Vaccination in Bombay 1874-1876 - 1874-1876
Year: 1874
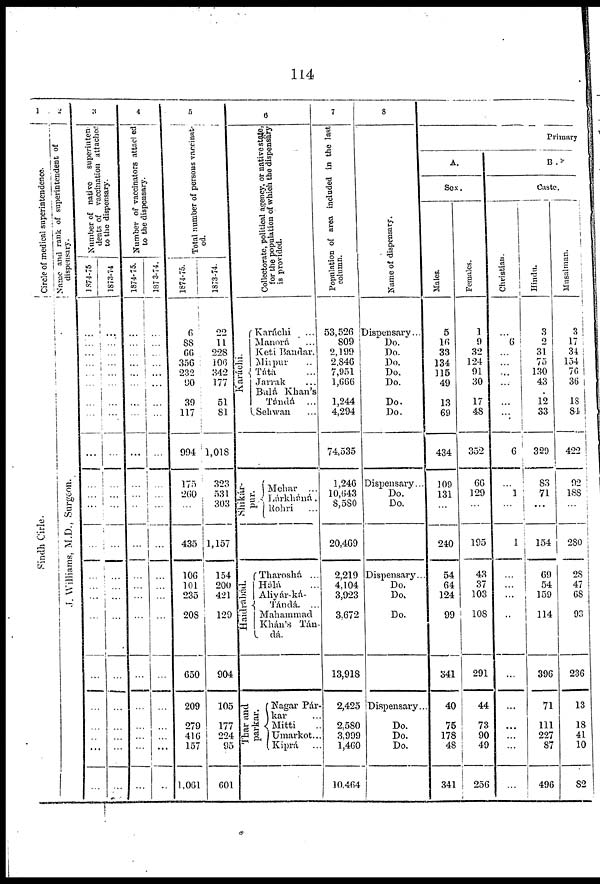
114
1
Circle of medical superintendence.
Sindh Cirle.
2
Name and rank of superintendent of
dispensary.
J. Williams, M.D., Surgeon.
3
Number of native superinten
dents of vaccination attached
to the dispensary.
1874-75
...
...
...
...
...
...
...
...
...
...
...
...
...
...
...
...
...
...
...
...
...
...
...
1873-74
...
...
...
...
...
...
...
...
...
...
...
...
...
...
...
...
...
...
...
...
...
...
...
4
Number of vaccinators attached
to the dispensary.
1874-75.
...
...
...
...
...
...
...
...
...
...
...
..
...
...
...
...
...
...
...
...
...
...
...
1873-74.
...
...
...
...
...
...
...
...
...
...
...
...
...
...
...
...
...
...
...
...
...
...
...
5
Total number of persons vaccinat-
ed.
1874-75.
6
88
66
356
232
90
39
117
994
175
260
...
435
106
101
235
208
650
209
279
416
157
1,061
1873-74.
22
11
228
106
342
177
51
81
1,018
323
531
303
1,157
154
200
421
129
904
105
177
224
95
601
6
Collectorate, political agency, or native state,
for the population of which the dispensary
is provided.
Karáchi.
Karáchi ...
Manorá ...
Keti Bandar.
Mirpur ..
Tátá ...
Jarrak
...
Bulá Khan's
Tánda ...
Sehwan ...
Shikár-
pur.
Mehar ...
Lárkháná.
Rohri
...
Haidrábád.
Tharoshá ...
Hálá ...
Aliyár-ká-
Tándá. ...
Mahammad
Khán's Tán-
dá.
Thar and
parkar.
Nagar Pár-
kar ...
Mitti ..
Umarkot...
Kiprá ...
7
Population of area included in the last
column.
53,526
809
2,199
2,846
7,951
1,666
1,244
4,294
74,535
1,246
10,643
8,580
20,469
2,219
4,104
3,923
3,672
13,918
2,425
2,580
3,999
1,460
10,464
8
Name of dispensary.
Dispensary...
Do.
Do.
Do.
Do.
Do.
Do.
Do.
Dispensary...
Do.
Do.
Dispensary...
Do.
Do.
Do.
Dispensary..
Do.
Do.
Do.
Primary
A.
Sex.
Males.
5
16
33
134
115
49
13
69
434
109
131
...
240
54
64
124
99
341
40
75
178
48
341
Females.
1
9
32
124
91
30
17
48
352
66
129
...
195
43
37
103
108
291
44
73
90
49
256
B.
Caste.
Christian.
...
6
...
...
...
...
...
...
6
...
1
...
1
...
...
...
..
...
...
...
...
...
...
Hindu.
3
2
31
75
130
43
12
33
329
83
71
...
154
69
54
159
114
396
71
111
227
87
496
Musalman.
3
17
34
154
76
36
18
84
422
92
188
...
280
28
47
68
93
236
13
18
41
10
82